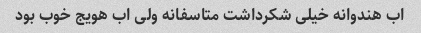
اب هندوانه خیلی شکرداشت متاسفانه ولی اب هویج خوب بود